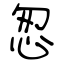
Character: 怱